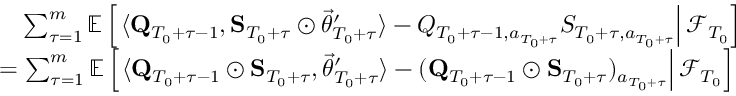
\begin{array} { r l } & { \quad \sum _ { \tau = 1 } ^ { m } \mathbb E \left[ \left. \langle \mathbf Q _ { T _ { 0 } + \tau - 1 } , \mathbf S _ { T _ { 0 } + \tau } \odot \vec { \theta } _ { T _ { 0 } + \tau } ^ { \prime } \rangle - Q _ { T _ { 0 } + \tau - 1 , a _ { T _ { 0 } + \tau } } S _ { T _ { 0 } + \tau , a _ { T _ { 0 } + \tau } } \right\rvert \mathcal F _ { T _ { 0 } } \right] } \\ & { = \sum _ { \tau = 1 } ^ { m } \mathbb E \left[ \left. \langle \mathbf Q _ { T _ { 0 } + \tau - 1 } \odot \mathbf S _ { T _ { 0 } + \tau } , \vec { \theta } _ { T _ { 0 } + \tau } ^ { \prime } \rangle - ( \mathbf Q _ { T _ { 0 } + \tau - 1 } \odot \mathbf S _ { T _ { 0 } + \tau } ) _ { a _ { T _ { 0 } + \tau } } \right\rvert \mathcal F _ { T _ { 0 } } \right] } \end{array}